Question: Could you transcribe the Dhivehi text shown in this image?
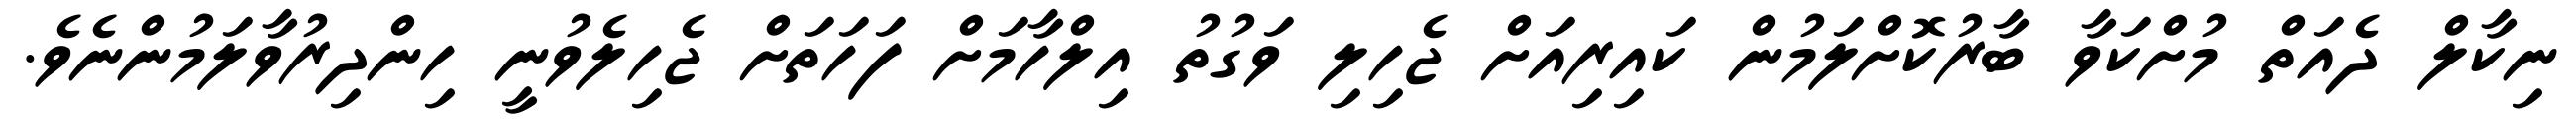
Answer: ނިކާލް ދެއަތް މުށްކަވާ ބާރުކޮށްލަމުން ކައިރިއަށް ޖެހިލި ވަގުތު އިލްހާމަށް ފަހަތަށް ޖެހިލެވުނީ ހިންދިރުވާލަމުންނެވެ.